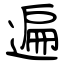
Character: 遍